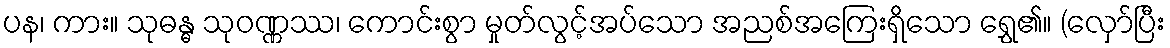
ပန၊ ကား။ သုဓန္ဓ သုဝဏ္ဏဿ၊ ကောင်းစွာ မှုတ်လွင့်အပ်သော အညစ်အကြေးရှိသော ရွှေ၏။ (လှော်ပြီး